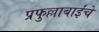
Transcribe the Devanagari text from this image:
प्रफुल्लाबाईंचे